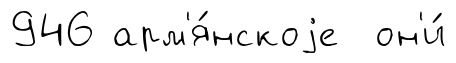
946 арм'я́нскоjе он'и́